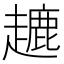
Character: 𧽥